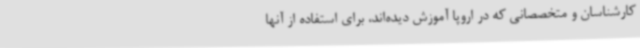
کارشناسان و متخصصانی که در اروپا آموزش دیده‌اند، برای استفاده از آنها